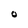
Character: 0